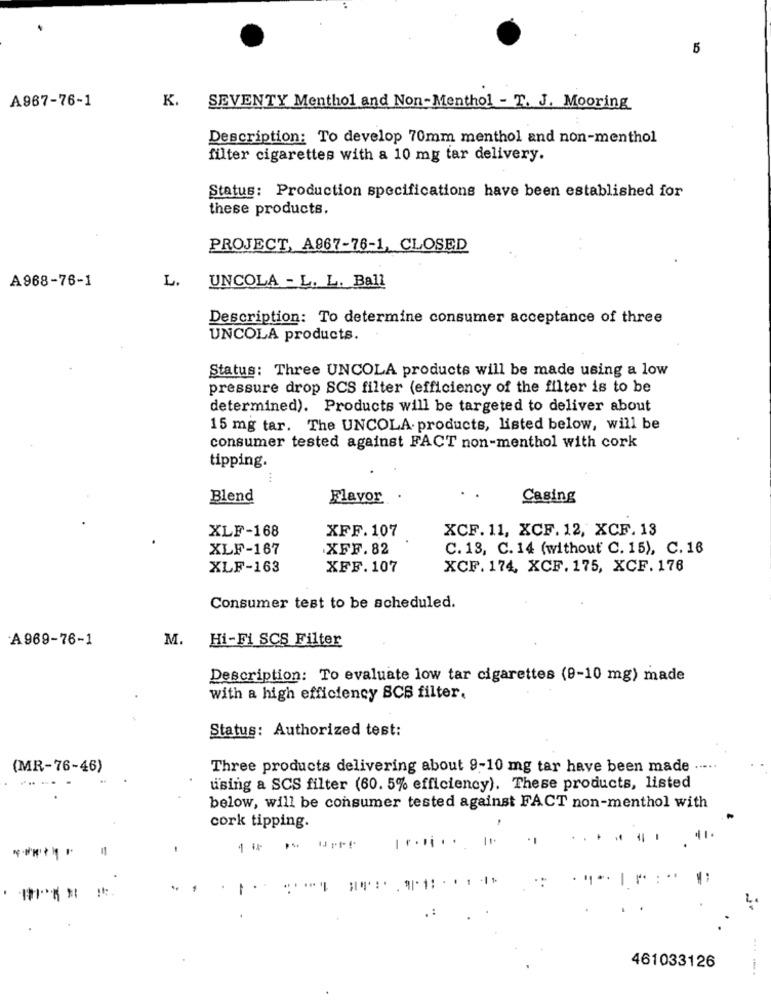
5
A967-76-1
K.
SEVENTY Menthol and Non-Menthol - T. J. Mooring
Description: To develop 70mm menthol and non-menthol
filter cigarettes with a 10 mg tar delivery.
Status: Production specifications have been established for
these products.
PROJECT, A967-76-1, CLOSED
L.
A968-76-1
UNCOLA - L. L. Ball
Description: To determine consumer acceptance of three
UNCOLA products.
Status: Three UNCOLA products will be made using a low
pressure drop SCS filter (efficiency of the filter is to be
determined). Products will be targeted to deliver about
15 mg tar. The UNCOLA. products, listed below, will be
consumer tested against FACT non-menthol with cork
tipping.
Blend
Flavor .
Casing
XLF-168
XFF.107
XCF. 11, XCF. 12, XCF. 13
XLF-167
XFF. 82
C. 13, C. 14 (without C. 15), C. 16
XLF-163
XFF. 107
XCF. 174, XCF. 175, XCF. 176
Consumer test to be scheduled.
A969-76-1
M.
Hi-Fi SCS Filter
Description: To evaluate low tar cigarettes (9-10 mg) made
with a high efficiency SCS filter.
Status: Authorized test:
(MR-76-46)
Three products delivering about 9-10 mg tar have been made .....
using a SCS filter (60. 5% efficiency). These products, listed
below, will be consumer tested against FACT non-menthol with
cork tipping.
11.
11.
-
461033126
---